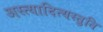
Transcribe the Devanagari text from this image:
अस्त्यादित्यस्तुति